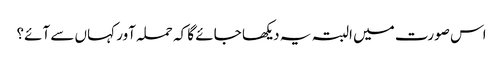
اس صورت میں البتہ یہ دیکھا جائے گا کہ حملہ آور کہاں سے آئے؟